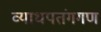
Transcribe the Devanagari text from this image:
व्याधपतंगगण